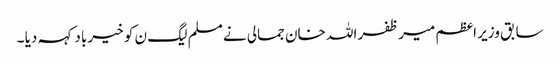
سابق وزیر اعظم میر ظفر اللہ خان جمالی نے مسلم لیگ ن کو خیر باد کہہ دیا ۔